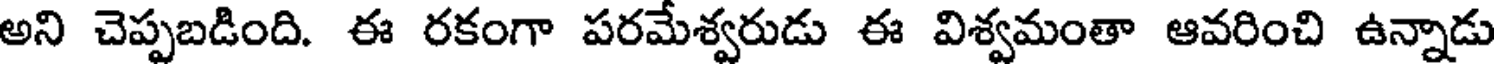
అని చెప్పబడింది. ఈ రకంగా పరమేశ్వరుడు ఈ విశ్వమంతా ఆవరించి ఉన్నాడు